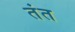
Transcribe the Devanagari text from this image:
तंत